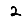
Digit: 2